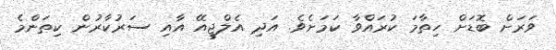
ވަރަށް ބޮޑަށް ހިތާމަ ކުރައްވާ ކަމަށެވެ. އަދި އެލްޖީއޭ އާއި ސަރުކާރުން ކިތަންމެ